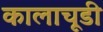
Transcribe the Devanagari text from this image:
कालाचूडी